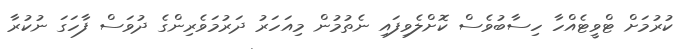
ކުރުމަށް ޓްވީޓެއްހާ ހިސާބުވެސް ކޮށްލެވިފައި ނެތުމުން މިއަހަރު ދަރުމަވެރިންގެ ދުވަސް ފާހަގަ ނުކުރާ